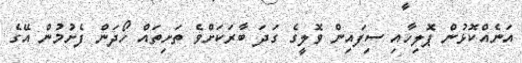
އަނެއްކޮޅުން ޕޮލިހާއި ސިފައިން ވޮލީގެ ގަދަ ބާރަކަށްވެ ތަށިތައް ހޯދަން ފެށުމުން އޭގެ